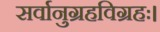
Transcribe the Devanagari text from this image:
सर्वानुग्रहविग्रहः।